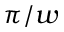
\pi / w